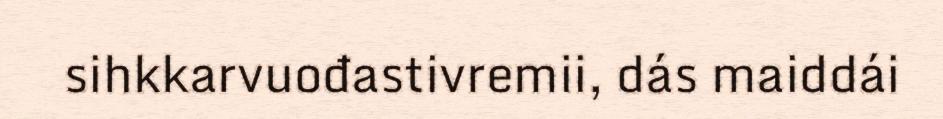
sihkkarvuođastivremii, dás maiddái